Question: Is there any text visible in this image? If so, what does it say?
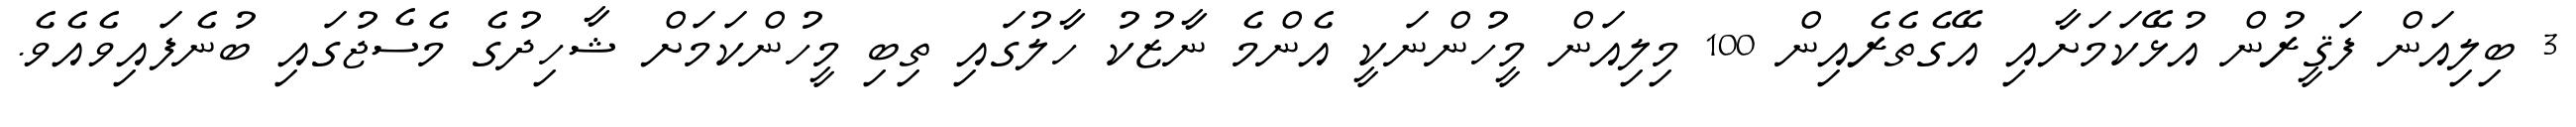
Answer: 3 ބިލިއަން ފަޤީރުން އުޅޭކަމަށާއި އޭގެތެރެއިން 100 މިލިއަން މީހުންނަކީ އެންމެ ނާޒުކު ހާލުގައި ތިބި މީހުންކަމަށް ޝާހިދުގެ މެސެޖުގައި ބުނެފައިވެއެވެ.